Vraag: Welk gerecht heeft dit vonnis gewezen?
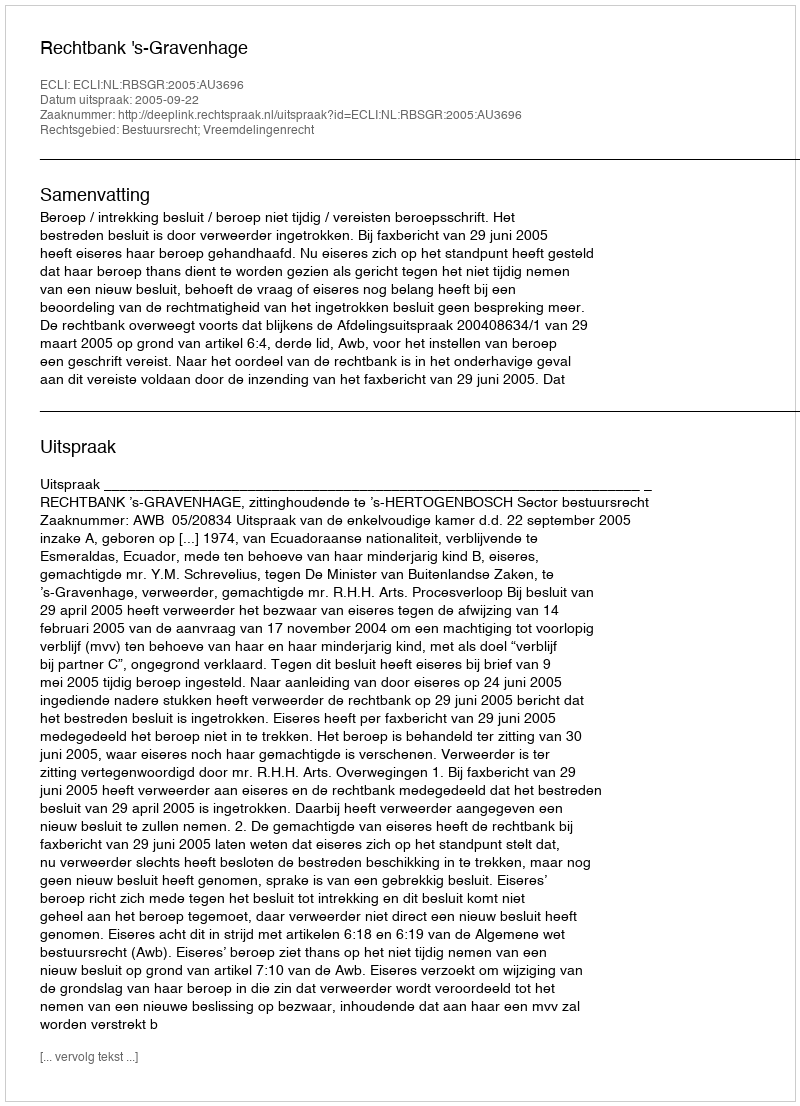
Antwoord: Rechtbank 's-Gravenhage